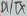
Text: D1/TX